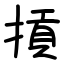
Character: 摃